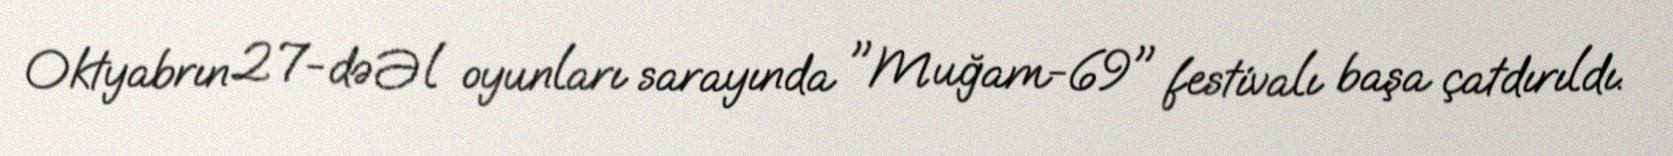
Oktyabrın 27-də Əl oyunları sarayında "Muğam-69" festivalı başa çatdırıldı.